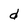
Character: d